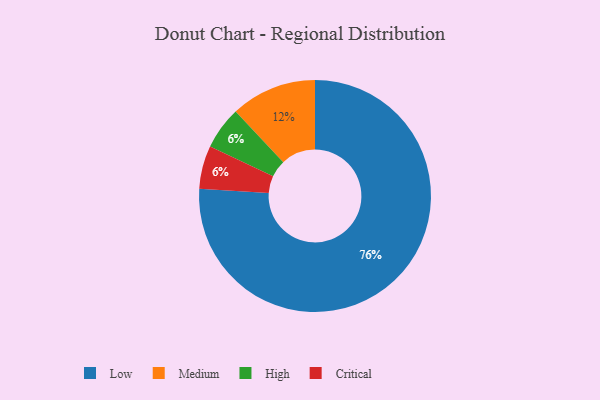
{"axis": {"x": "Category", "y": "Percentage"}, "legend": ["Critical", "High", "Low", "Medium"], "data": [{"x": "High", "y": 6, "type": "High"}, {"x": "Medium", "y": 12, "type": "Medium"}, {"x": "Low", "y": 76, "type": "Low"}, {"x": "Critical", "y": 6, "type": "Critical"}]}